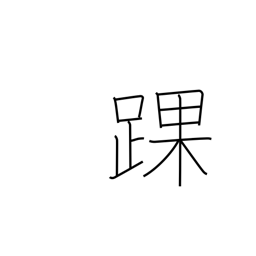
Meaning: ankle